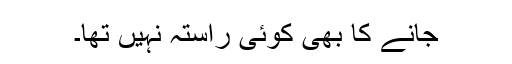
جانے کا بھی کوئی راستہ نہیں تھا۔